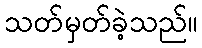
သတ်မှတ်ခဲ့သည်။